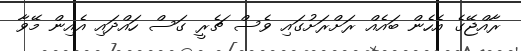
ރާއްޖޭގެ އެހެން ބައެއް ރަށްރަށުގައި ވެސް ޗެރީ ގަސް ހައްދައި އެއިން މޭވާ